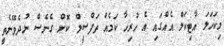
މިކަހަލަ އާޓިކަލް އެއްގައި އެ ހުރިހާ ކަމެއް ތަފްސީލް ކޮށް ގެނެސް ނުދެވޭނެތީ